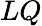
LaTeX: LQ